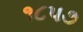
૧૮પ૭